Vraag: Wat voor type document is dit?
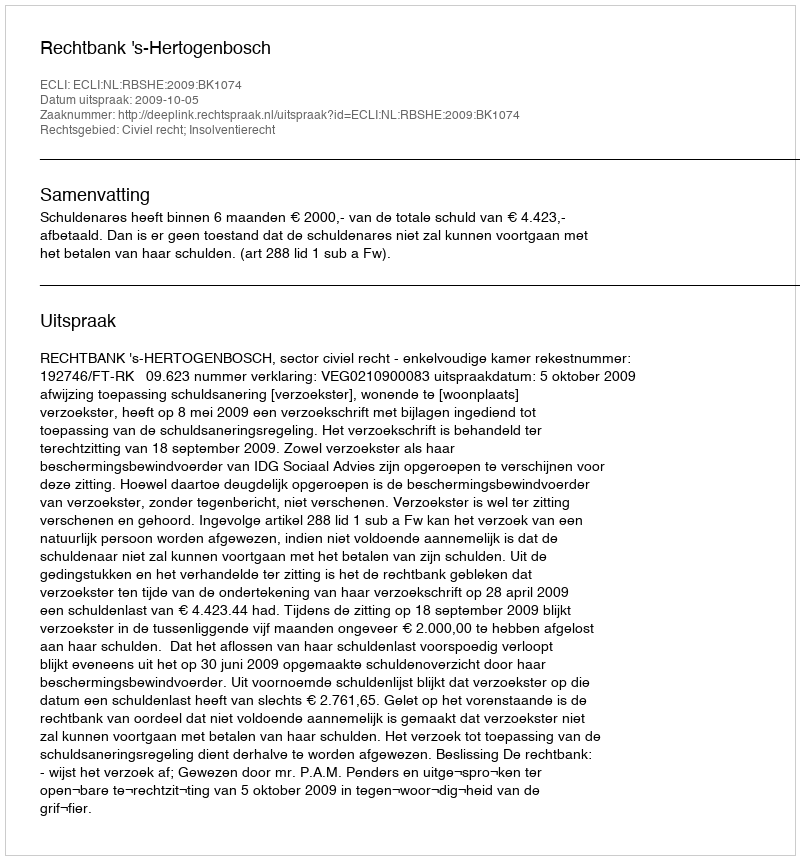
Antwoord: Uitspraak